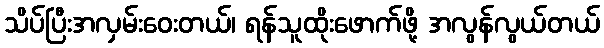
သိပ်ပြီးအလှမ်းဝေးတယ်၊ ရန်သူထိုးဖောက်ဖို့ အလွန်လွယ်တယ်